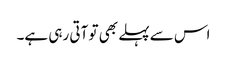
اس سے پہلے بھی تو آتی رہی ہے۔